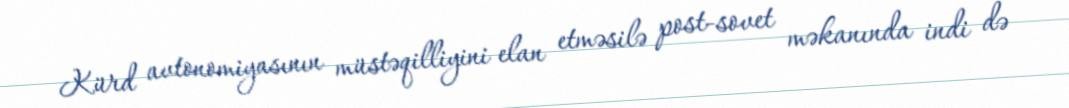
Kürd avtonomiyasının müstəqilliyini elan etməsilə post-sovet məkanında indi də